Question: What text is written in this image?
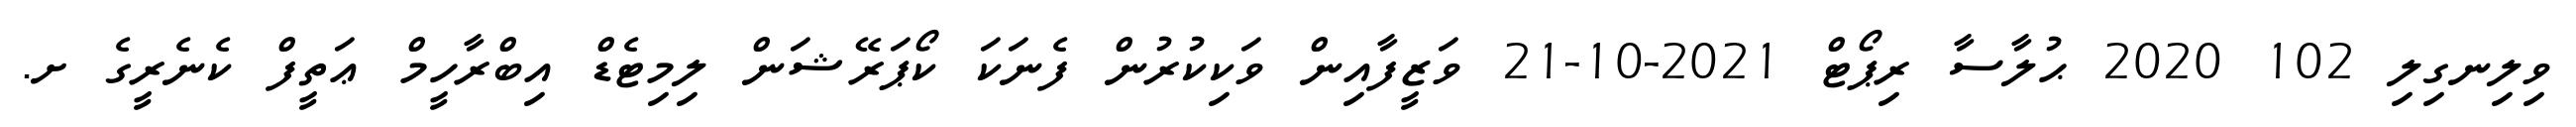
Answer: ވިލިނގިލި 102 2020 ޙުލާސާ ރިޕޯޓް 2021-10-21 ވަޒީފާއިން ވަކިކުރުން ފެނަކަ ކޯޕަރޭޝަން ލިމިޓެޑް އިބްރާހީމް ޢަތީފް ކެނެރީގެ ށ.